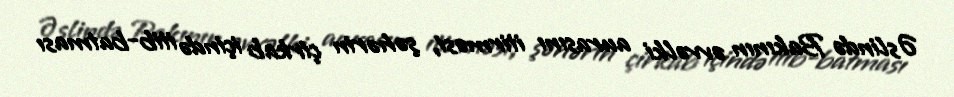
Əslində Bakının əvvəlki aurasını itirməsi, şəhərin çirkab içində itib-batması